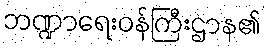
ဘဏ္ဍာရေးဝန်ကြီးဌာန၏